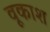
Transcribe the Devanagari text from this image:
वूकाश